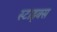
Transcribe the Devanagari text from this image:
स्टाइक्स